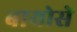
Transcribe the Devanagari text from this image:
बायोसे